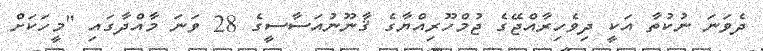
ދެވަނަ ނުކުތާ އަކީ ދިވެހިރާއްޖޭގެ ޖުމްހޫރިއްޔާގެ ޤާނޫނުއަސާސީގެ 28 ވަނަ މާއްދާގައި "މީހަކަށް